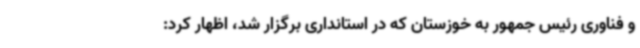
و فناوری رئیس جمهور به خوزستان که در استانداری برگزار شد، اظهار کرد: